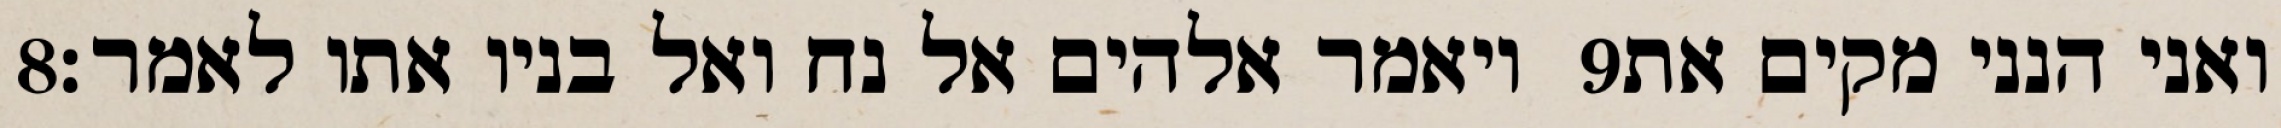
‎8‏ ויאמר אלהים אל נח ואל בניו אתו לאמר׃ ‎9‏ ואני הנני מקים את